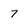
Character: 7